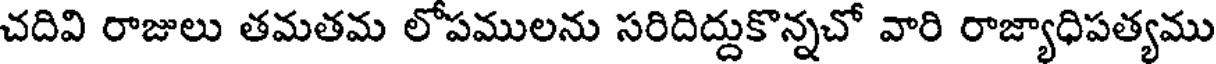
చదివి రాజులు తమతమ లోపములను సరిదిద్దుకొన్నచో వారి రాజ్యాధిపత్యము